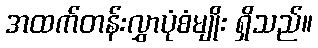
အထက်တန်းလွှာပုံစံမျိုး ရှိသည်။